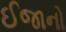
ઈજાનો